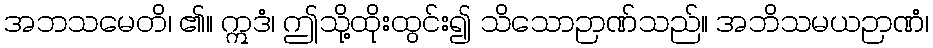
အဘသမေတိ၊ ၏။ ဣဒံ၊ ဤသို့ထိုးထွင်း၍ သိသောဉာဏ်သည်။ အဘိသမယဉာဏံ၊